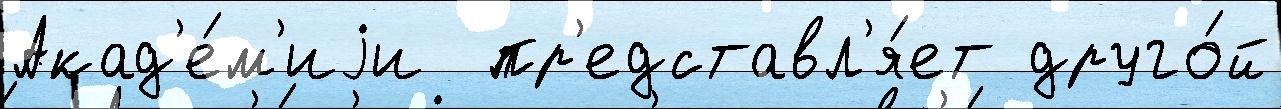
Акад'е́м'иjи  пр'едставл'я́ет друго́й